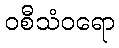
ဝစီသံဝရော